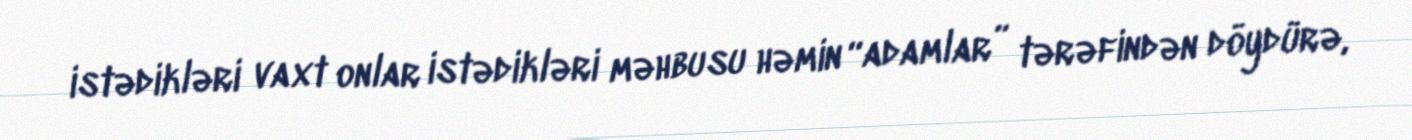
istədikləri vaxt onlar istədikləri məhbusu həmin “adamlar” tərəfindən döydürə,